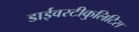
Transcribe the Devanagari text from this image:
डाईवरटीकुलिटिस